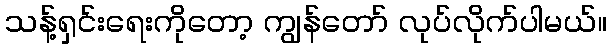
သန့်ရှင်းရေးကိုတော့ ကျွန်တော် လုပ်လိုက်ပါမယ်။